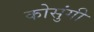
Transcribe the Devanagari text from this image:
कोसुंगी